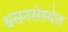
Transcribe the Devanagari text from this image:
श्वसनसंस्थेत